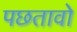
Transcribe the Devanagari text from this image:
पछतावो